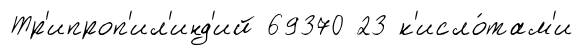
Тр'ипроп'ил'инд'ий 69370 23 к'исло́там'и